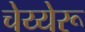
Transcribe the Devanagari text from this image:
चेय्येरू